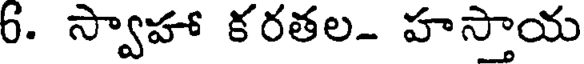
6. స్వాహా కరతల- హస్తాయ